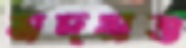
মদমত্ত